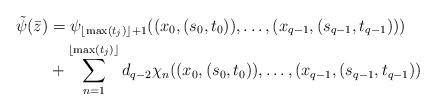
LaTeX: \begin{align*}\tilde\psi(\bar z)&=\psi_{\lfloor\max(t_j)\rfloor+1}((x_0,(s_0,t_0)),\ldots,(x_{q-1},(s_{q-1},t_{q-1})))\\&+\sum_{n=1}^{\lfloor\max(t_j)\rfloor}d_{q-2}\chi_n((x_0,(s_0,t_0)),\ldots,(x_{q-1},(s_{q-1},t_{q-1}))\end{align*}